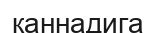
каннадига